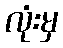
လုံးမှ